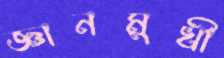
জ্ঞানমুখী